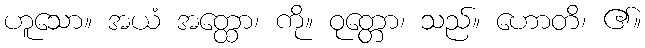
ဟူသော။ အယံ အတ္ထော၊ ကို။ ဝုတ္တော၊ သည်။ ဟောတိ၊ ၏။